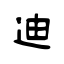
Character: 迪